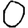
Digit: 0